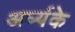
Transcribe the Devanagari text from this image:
अर्घ्यके